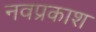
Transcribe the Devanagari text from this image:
नवप्रकाश